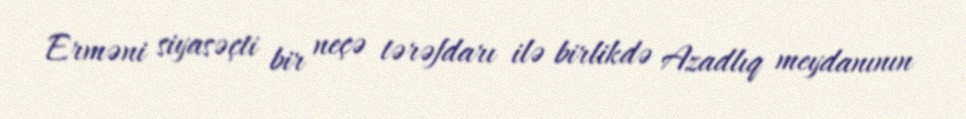
Erməni siyasəçti bir neçə tərəfdarı ilə birlikdə Azadlıq meydanının